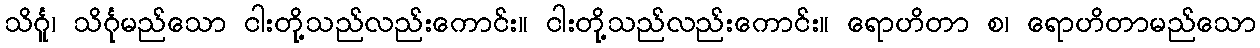
သိင်္ဂူ၊ သိင်္ဂုမည်သော ငါးတို့သည်လည်းကောင်း။ ငါးတို့သည်လည်းကောင်း။ ရောဟိတာ စ၊ ရောဟိတာမည်သော